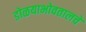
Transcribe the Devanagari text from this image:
डोळयाभोवतालचे